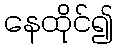
နေထိုင်၍